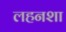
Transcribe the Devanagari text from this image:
लहनशा